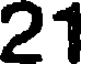
21